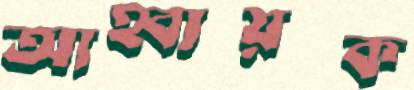
আহ্বায়ক